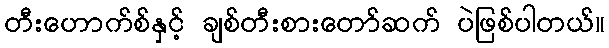
တီးဟောက်စ်နှင့် ချစ်တီးစားတော်ဆက် ပဲဖြစ်ပါတယ်။